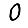
Digit: 0